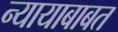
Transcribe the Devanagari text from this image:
न्यायाबाबत